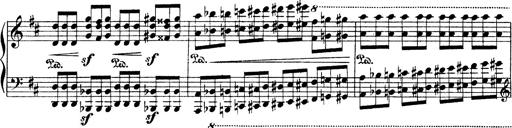
Title: Illustrations de l'opÃ©ra L'Africaine
Composer: Franz Liszt